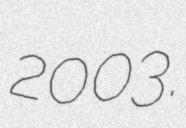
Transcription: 2003.